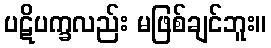
ပဋိပက္ခလည်း မဖြစ်ချင်ဘူး။